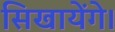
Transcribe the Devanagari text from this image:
सिखायेंगे।